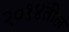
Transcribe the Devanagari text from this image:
२०१४तील